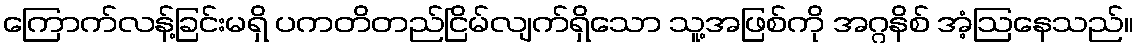
ကြောက်လန့်ခြင်းမရှိ ပကတိတည်ငြိမ်လျက်ရှိသော သူ့အဖြစ်ကို အဂ္ဂနိစ် အံ့ဩနေသည်။